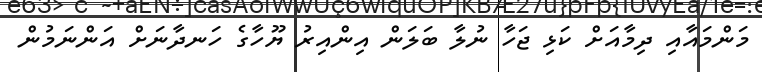
މަންމައާއި ދިމާއަށް ކަޅި ޖަހާ ނުލާ ބަލަން އިންއިރު ޔޫހާގެ ހަނދާނަށް އަންނަމުން